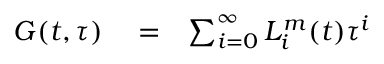
\begin{array} { r l r } { G ( t , \tau ) } & { { } = } & { \sum _ { i = 0 } ^ { \infty } L _ { i } ^ { m } ( t ) \tau ^ { i } } \end{array}